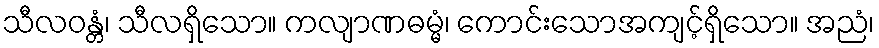
သီလဝန္တံ၊ သီလရှိသော။ ကလျာဏဓမ္မံ၊ ကောင်းသောအကျင့်ရှိသော။ အညံ၊